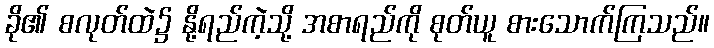
ခို၏ စလုတ်ထဲ၌ နို့ရည်ကဲ့သို့ အစာရည်ကို စုတ်ယူ စားသောက်ကြသည်။